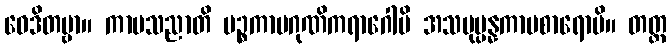
ဝေဒိတဗ္ဗာ။ ကာမသညာတိ ပဉ္စကာမဂုဏိကရာဂေါပိ အသမုပ္ပန္နကာမစာရောပိ။ တတ္ထ